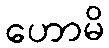
ဟောမိ